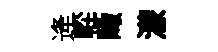
逄䡖瞰濛